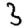
Digit: 3